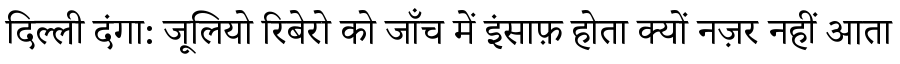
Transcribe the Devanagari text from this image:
दिल्ली दंगा: जूलियो रिबेरो को जाँच में इंसाफ़ होता क्यों नज़र नहीं आता